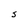
Character: S